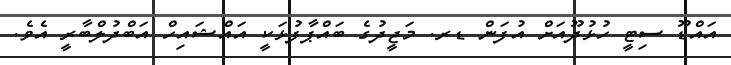
އައްޑޫ ސިޓީ ހުޅުދޫއަށް އުފަން ޑރ. މަޖީދުގެ ބައްޕާފުޅަކީ އައްޝައިހް އަބްދުލްބާރީ އެވެ.